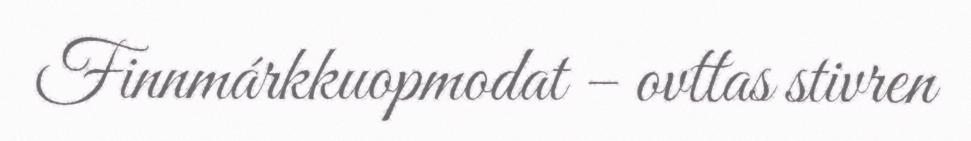
Finnmárkkuopmodat – ovttas stivren